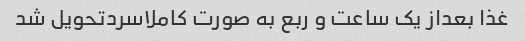
غذا بعداز یک ساعت و ربع به صورت کاملاسردتحویل شد